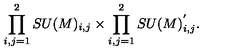
\prod _ { i , j = 1 } ^ { 2 } S U ( M ) _ { i , j } \times \prod _ { i , j = 1 } ^ { 2 } S U ( M ) _ { i , j } ^ { ' } .